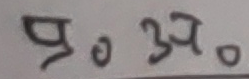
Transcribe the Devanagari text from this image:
पु० ३०